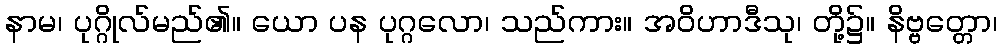
နာမ၊ ပုဂ္ဂိုလ်မည်၏။ ယော ပန ပုဂ္ဂလော၊ သည်ကား။ အဝိဟာဒီသု၊ တို့၌။ နိဗ္ဗတ္တော၊